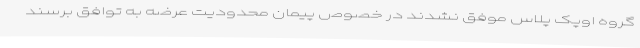
گروه اوپک پلاس موفق نشدند در خصوص پیمان محدودیت عرضه به توافق برسند